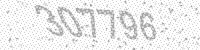
Solution: 307796